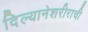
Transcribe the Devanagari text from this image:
दिल्यानेशरीराची